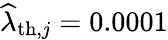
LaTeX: \widehat{\lambda}_{\mathrm{th},j}=0.0001